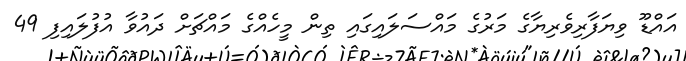
އައްޑޫ ވިޔަފާރިވެރިޔާގެ މަރުގެ މައްސަލައިގައި ތިން މީހެއްގެ މައްޗަށް ދައުވާ އުފުލައިފި 49